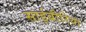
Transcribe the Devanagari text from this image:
साईबीरिया